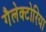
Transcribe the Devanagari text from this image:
गैलेक्टोरिया